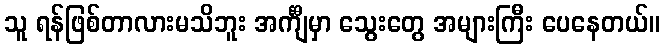
သူ ရန်ဖြစ်တာလားမသိဘူး အင်္ကျီမှာ သွေးတွေ အများကြီး ပေနေတယ်။